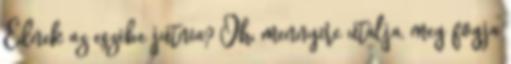
Ednek az eszébe jutnia? Oh, mennyire utálja, meg fogja